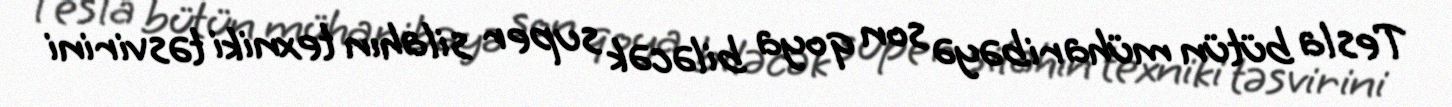
Tesla bütün müharibəyə son qoya biləcək super silahın texniki təsvirini